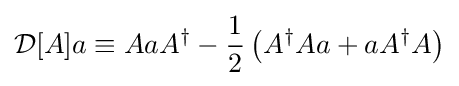
{\mathcal {D}}[A]a\equiv AaA^{\dagger }-{\frac {1}{2}}\left(A^{\dagger }Aa+aA^{\dagger }A\right)